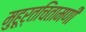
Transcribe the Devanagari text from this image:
मुहूर्तचिंतामणी